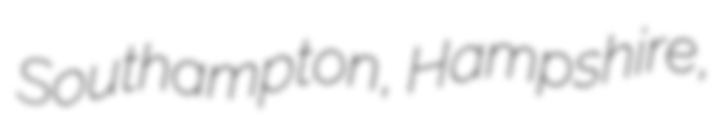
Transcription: Southampton, Hampshire,